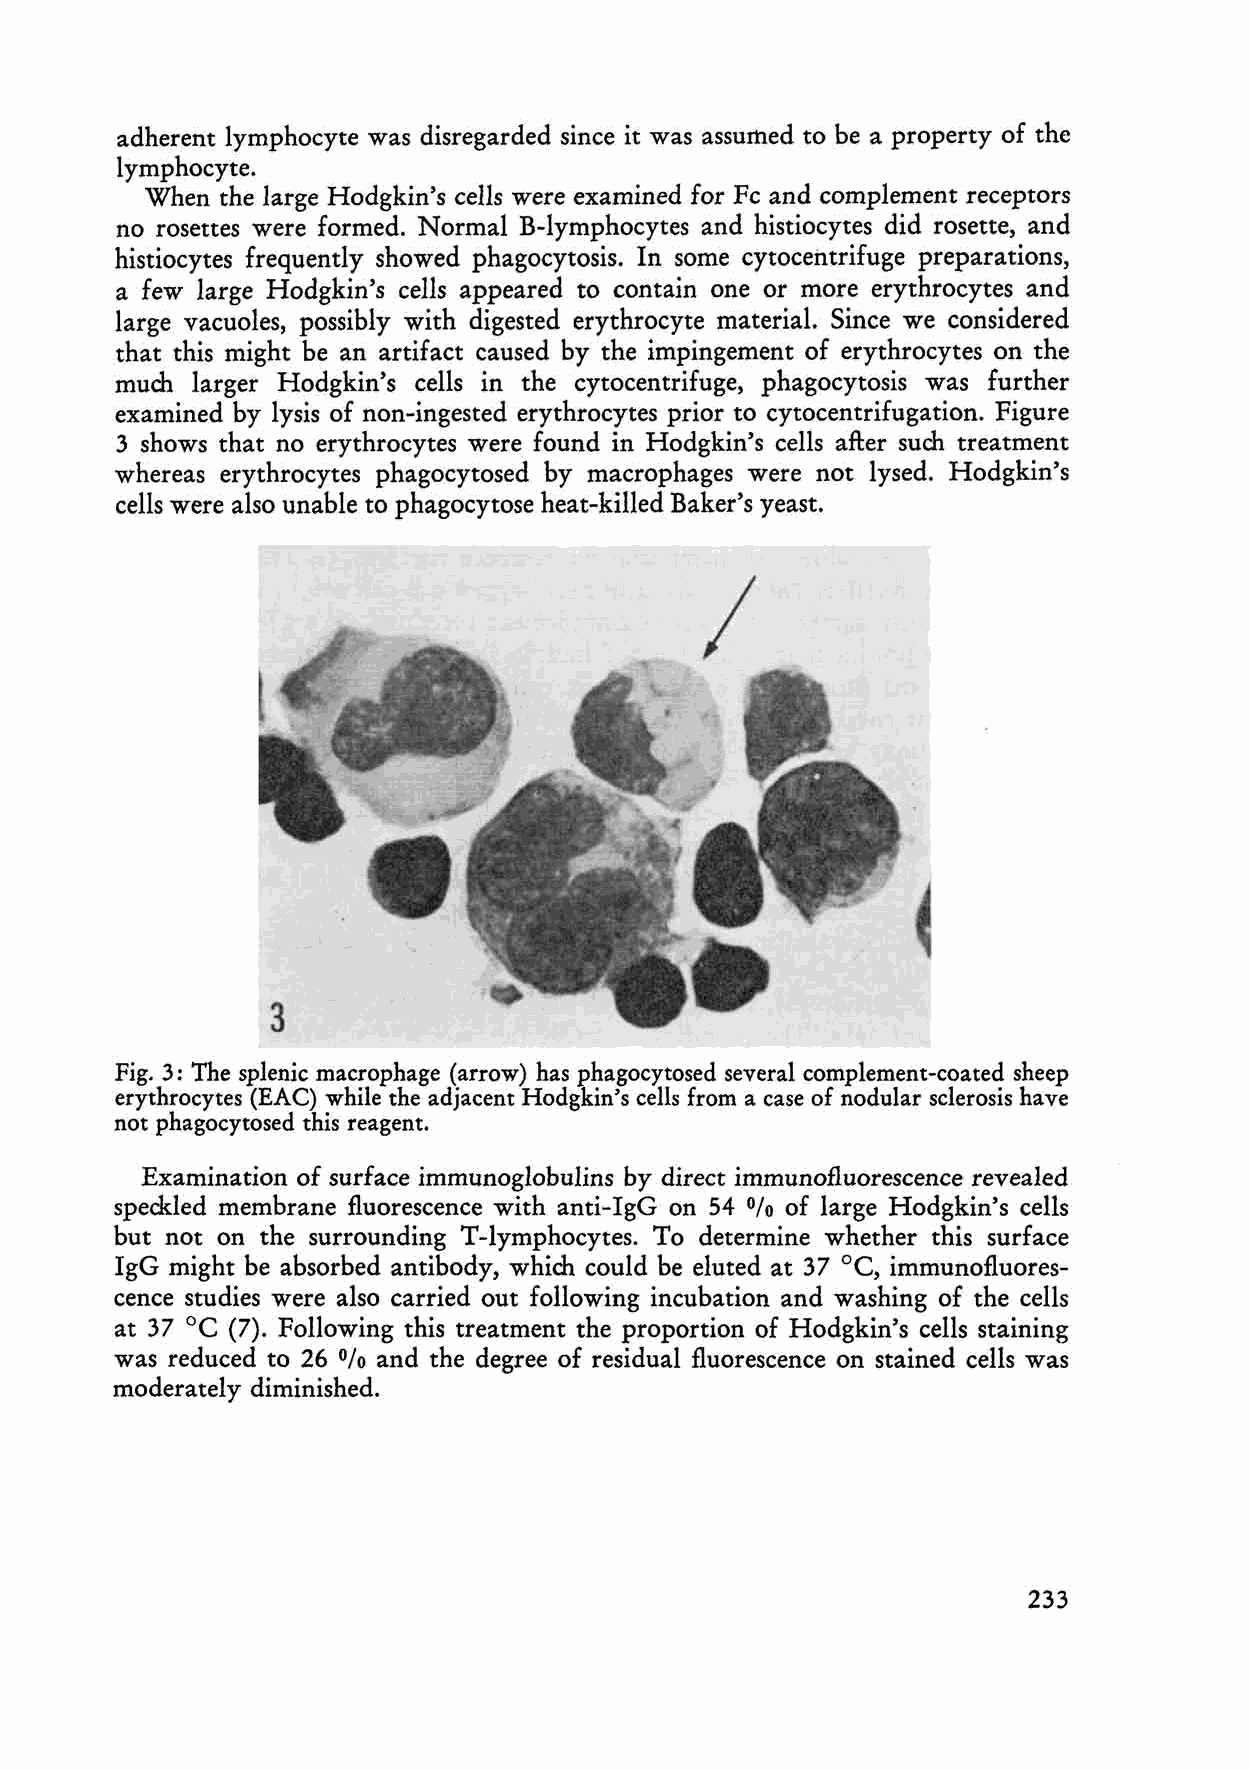
adherent lymphoeyte was disregarded sinee it was assurned to be a property of the
 lymphoeyte.
 When the large Hodgkin's cells were examined for Fe and eomplement reeeptors
 no rosettes were formed. Normal B-Iymphoeytes and histioeytes did rosette, and
 histiocytes frequently showed phagocytosis. In some cytocehtrifuge preparations,
 a few large Hodgkin's eells appeared to contain one or more erythrocytes and
 large vacuoles, possibly with digested erythrocyte material. Since we considered
 that this might be an ar ti fact caused by the impingement of erythroeytes on the
 much larger Hodgkin's cells in the cytocentrifuge, phagocytosis was further
 examined by lysis of non-ingested erythroeytes prior to cytoeentrifugation. Figure
 3 shows that no erythroeytes were found in Hodgkin's eells after such treatment
 whereas erythroeytes phagocytosed by macrophages were not lysed. Hodgkin's
 cells were also unable to phagocytose heat-killed Baker's yeast.
 Fig. 3: The splenie macrophage (arrow) has phagocytosed several complement-coated sheep
 erythrocytes (EAC) while the adjacent Hodgkin's cells from a ca se of nodular sclerosis have
 not phagocytosed this reagent.
 Examination of surface immunoglobulins by direct immunofluorescence revealed
 speckled membrane fluoreseenee with anti-IgG on 54 of large Hodgkin's cells
 %
 but not on the surrounding T-lymphoeytes. To determine whe ther this surfaee
 oe,
 IgG might be absorbed antibody, which could be eluted at 37 immunofluores
 eenee studies were also earried out following ineubation and washing of the eells
 oe
 at 37  (7). Following this treatment the proportion of Hodgkin's eells staining
 was redueed to 26 % and the degree of residual fluoreseence on stained cells was
 moderately diminished.
 233